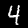
Label: 4